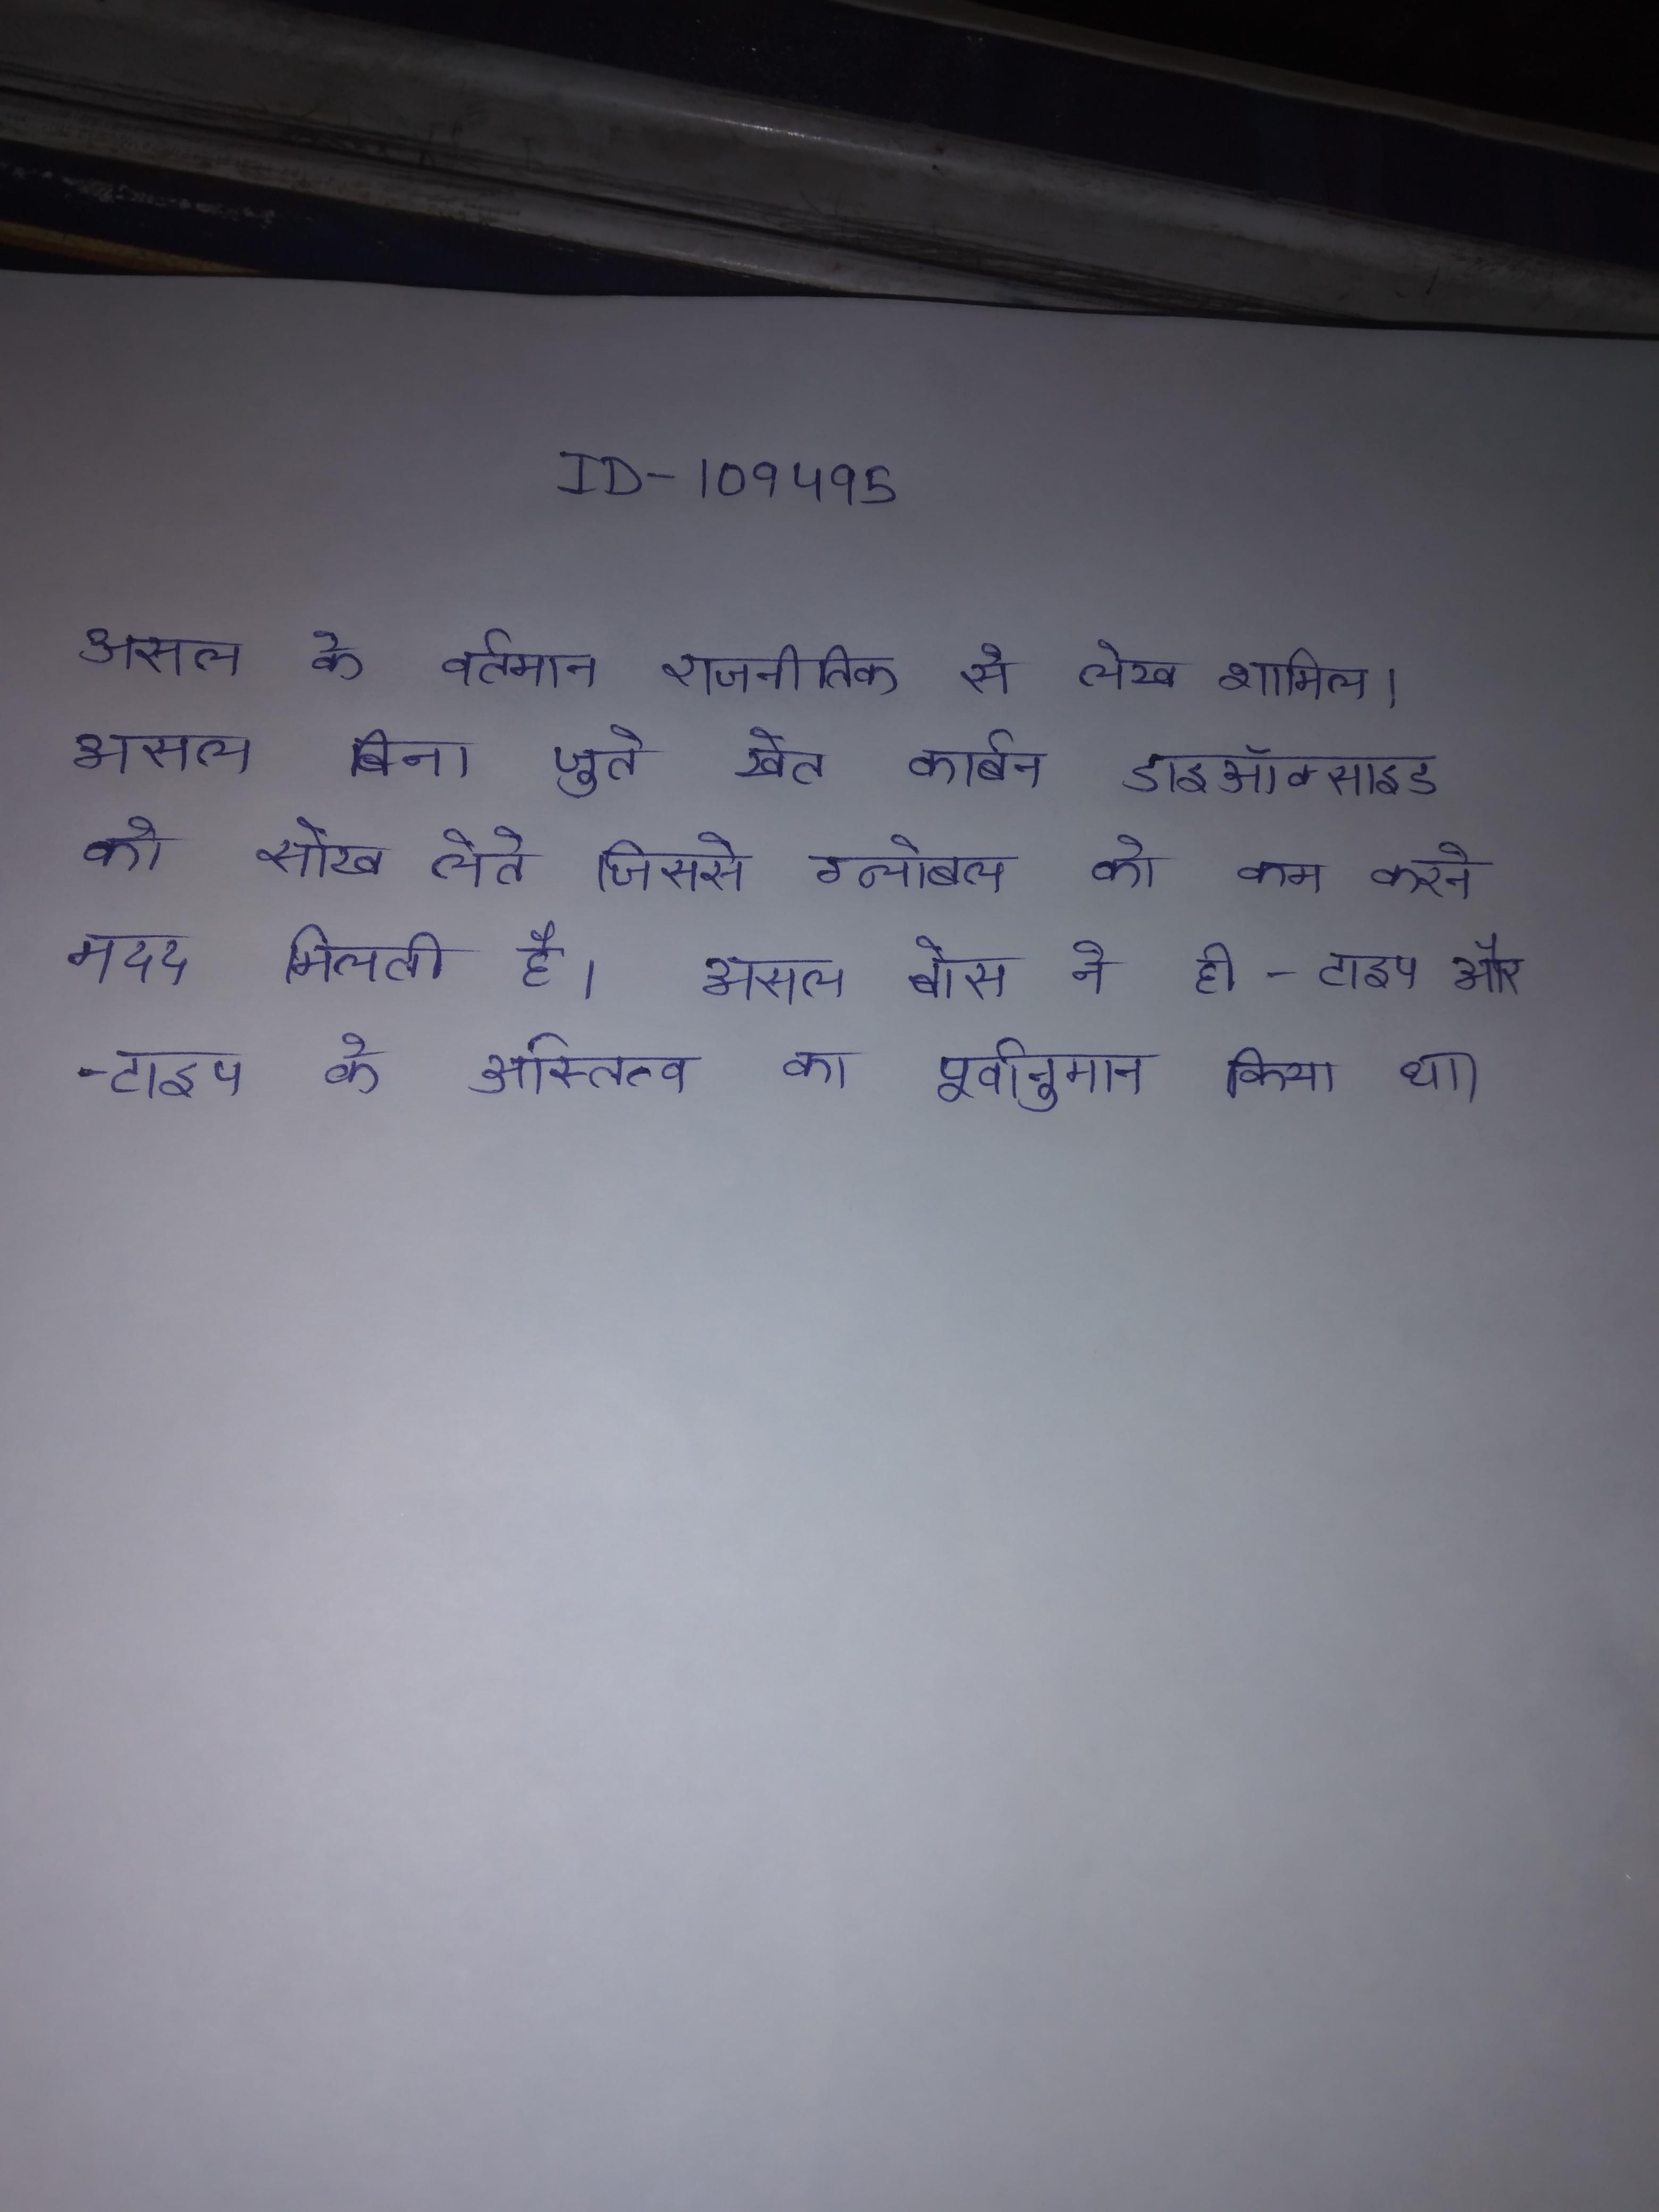
असल के वर्तमान राजनीतिक से लेख शामिल । असल बिना जुते खेत कार्बन डाइऑक्साइड को सोख लेते जिससे ग्लोबल को कम करने मदद मिलती है । असल बोस ने ही - टाइप और - टाइप के अस्तित्व का पूर्वानुमान किया था ।